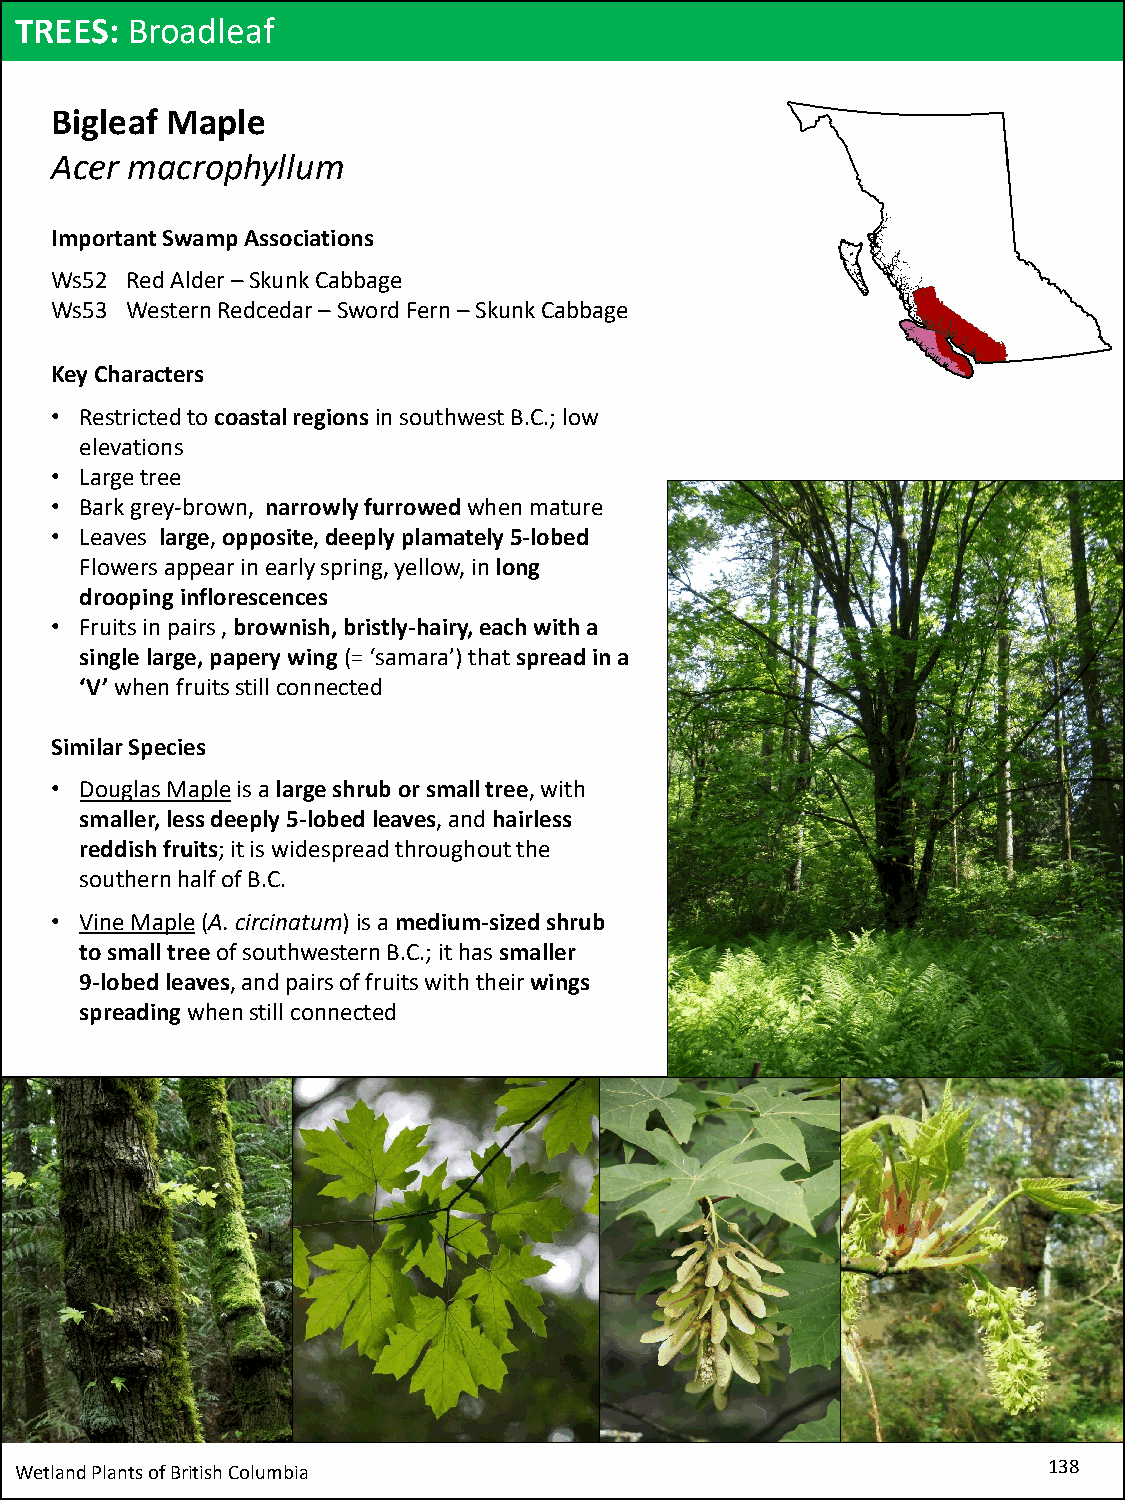
TREES: Broadleaf
 Bigleaf Maple
 Acer macrophyllum
 Important Swamp Associations
 Ws52 Red Alder –Skunk Cabbage
 Ws53 Western Redcedar–Sword Fern –Skunk Cabbage
 Key Characters
 • Restricted to coastal regions in southwest B.C.; low
 elevations
 • Large tree
 • Bark grey-brown, narrowly furrowedwhen mature
 • Leaves large, opposite, deeply plamately5-lobed
 Flowers appear in early spring, yellow, in long
 drooping inflorescences
 • Fruits in pairs , brownish, bristly-hairy,each with a
 single large, papery wing(= ‘samara’) that spread in a
 ‘V’when fruits still connected
 Similar Species
 • Douglas Mapleis a large shrub or small tree, with
 smaller, less deeply 5-lobed leaves, and hairless
 reddish fruits; it is widespread throughout the
 southern half of B.C.
 • Vine Maple(A. circinatum)is a medium-sized shrub
 to small treeof southwestern B.C.; it has smaller
 9-lobed leaves, and pairs of fruits with their wings
 spreading when still connected
 Wetland Plants of British Columbia                                  138